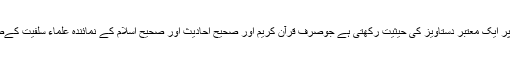
یہ کتاب قربانی کے فضائل واحکام او ر مسائل پر ایک معتبر دستاویز کی حیثیت رکھتی ہے جوصرف قرآن کریم اور صحیح احادیث اور صحیح اسلام کے نمائندہ علماء سلفیت کےصحیح اقوال کی روشنی میں مرتب کی گئی ہے۔